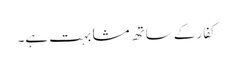
کفار کے ساتھ مشابہت ہے۔